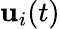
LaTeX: {\mathbf{u}}_{i}(t)